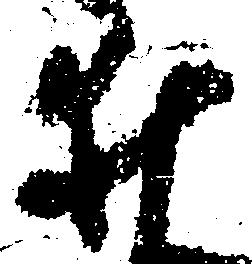
井